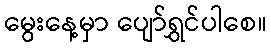
မွေးနေ့မှာ ပျော်ရွှင်ပါစေ။